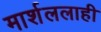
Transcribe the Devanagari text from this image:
मार्शललाही